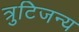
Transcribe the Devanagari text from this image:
त्रुटिजन्य